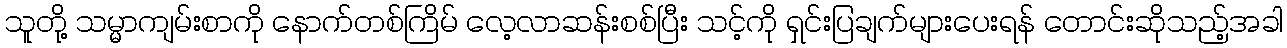
သူတို့ သမ္မာကျမ်းစာကို နောက်တစ်ကြိမ် လေ့လာဆန်းစစ်ပြီး သင့်ကို ရှင်းပြချက်များပေးရန် တောင်းဆိုသည့်အခါ